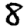
Digit: 8